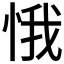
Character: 𱞛